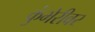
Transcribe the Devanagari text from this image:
कुंभेरीवर